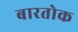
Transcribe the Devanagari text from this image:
बारतोक